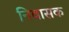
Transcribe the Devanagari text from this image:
निवासक